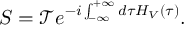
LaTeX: S = { \mathcal { T } } e ^ { - i \int _ { - \infty } ^ { + \infty } d \tau H _ { V } ( \tau ) } .